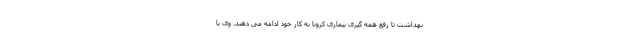
بهداشت تا رفع همه گیری بیماری کرونا به کار خود ادامه می دهند. وی با